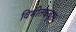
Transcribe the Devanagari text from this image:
विभीतकवृक्षः